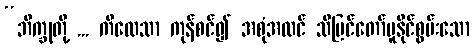
“ဘိက္ခုတို့ ... ကိလေသာ ကုန်စင်၍ အစုံအလင် သိမြင်တော်မူနိုင်စွမ်းသော